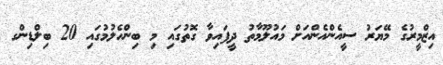
އިޒްމީރުގެ މޭޔަރު ސީއެންއެންއަށް މައުލޫމާތު ދީފައިވާ ގޮތުގައި މި ބިންހެލުމުގައި 20 ބިލްޑިންގ